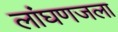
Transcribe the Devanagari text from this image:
लांघणजला